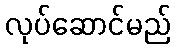
လုပ်ဆောင်မည်